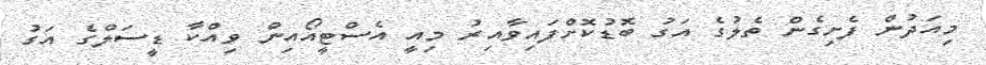
މިއަދުން ފެށިގެން ތެލުގެ އަގު ބޮޑުކޮށްފައިވާއިރު މިއީ އެސްޓީއޯއިން ވިއްކާ ޑީސަލްގެ އަގު